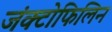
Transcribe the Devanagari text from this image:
जंक्टोफिलिन